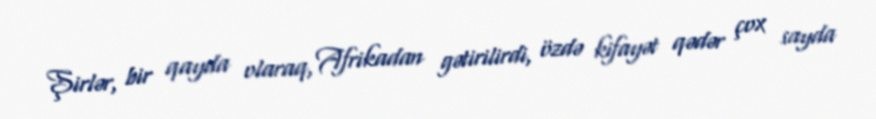
Şirlər, bir qayda olaraq, Afrikadan gətirilirdi, özdə kifayət qədər çox sayda